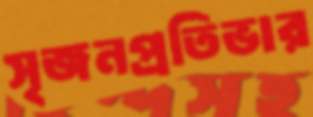
সৃজনপ্রতিভার